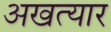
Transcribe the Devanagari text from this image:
अखत्यार